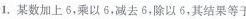
1.某数加上6，乘以6，减去6，除以6，其结果等于